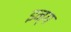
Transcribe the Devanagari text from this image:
इन्ग